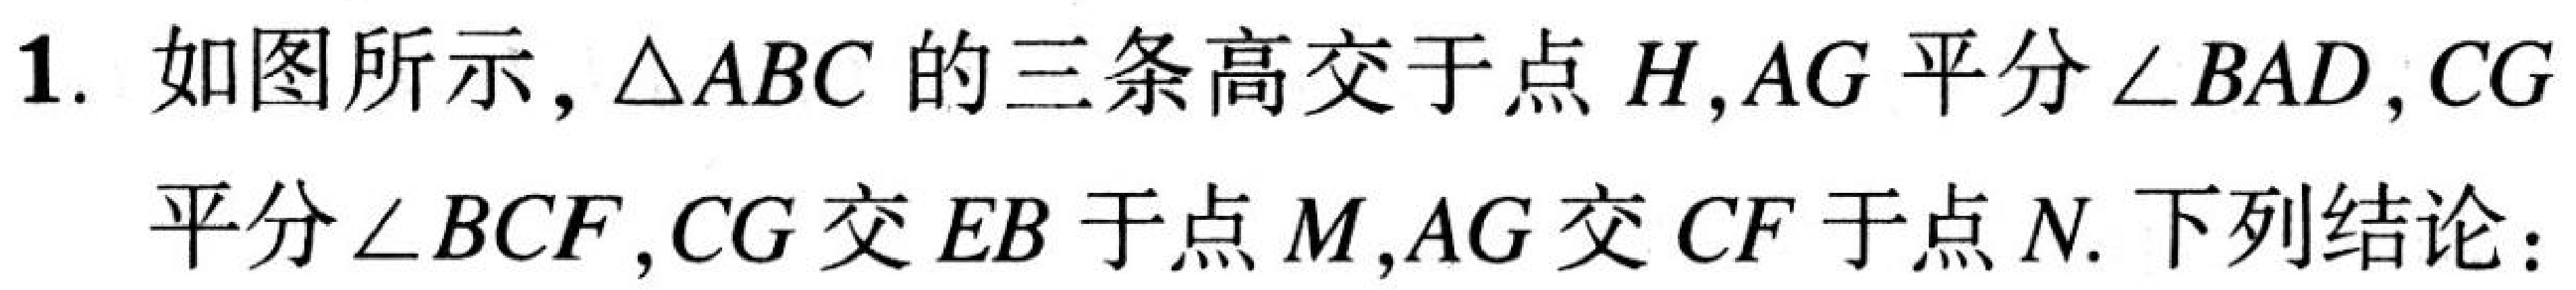
1. 如图所示，\(\triangle ABC\)的三条高交于点\(H\)，\(AG\)平分\(\angle BAD\)，\(CG\)
平分\(\angle BCF\)，\(CG\)交\(EB\)于点\(M\)，\(AG\)交\(CF\)于点\(N\). 下列结论：